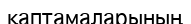
қаптамаларының